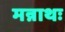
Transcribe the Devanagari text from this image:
मन्नाथः